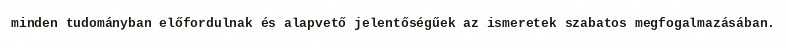
minden tudományban előfordulnak és alapvető jelentőségűek az ismeretek szabatos megfogalmazásában.